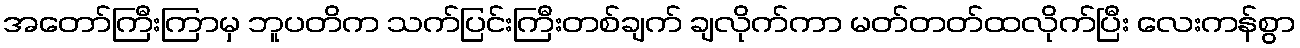
အတော်ကြီးကြာမှ ဘူပတိက သက်ပြင်းကြီးတစ်ချက် ချလိုက်ကာ မတ်တတ်ထလိုက်ပြီး လေးကန်စွာ